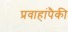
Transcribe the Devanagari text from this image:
प्रवाहांपैकी